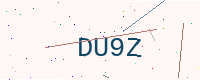
Text: DU9Z